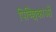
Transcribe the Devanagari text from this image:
पिच्छिकाओं